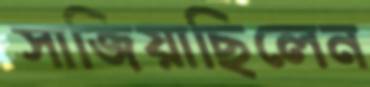
সাজিয়াছিলেন